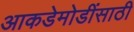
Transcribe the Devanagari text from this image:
आकडेमोडींसाठी